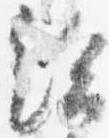
給